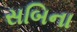
સબિના